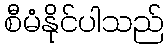
စီမံနိုင်ပါသည်